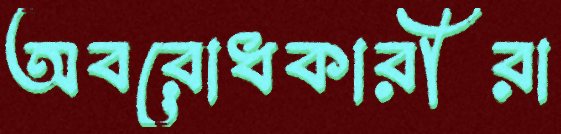
অবরোধকারীরা